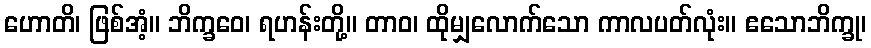
ဟောတိ၊ ဖြစ်အံ့။ ဘိက္ခဝေ၊ ရဟန်းတို့။ တာဝ၊ ထိုမျှလောက်သော ကာလပတ်လုံး။ ဧသောဘိက္ခု၊